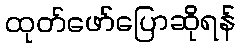
ထုတ်ဖော်ပြောဆိုရန်